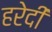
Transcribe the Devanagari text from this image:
हरेदी